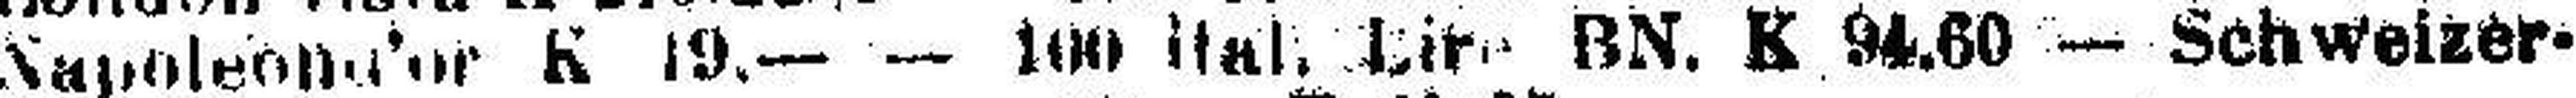
Napoleond'or K 19.— — 100 ital. Lire BN. K 94.60 — Schweizer¬